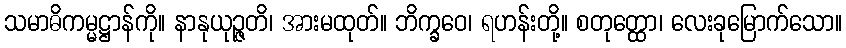
သမာဓိကမ္မဋ္ဌာန်ကို။ နာနုယုဉ္ဇတိ၊ အားမထုတ်။ ဘိက္ခဝေ၊ ရဟန်းတို့။ စတုတ္ထော၊ လေးခုမြောက်သော။